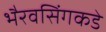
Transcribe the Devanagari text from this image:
भैरवसिंगकडे